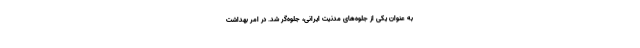
به عنوان یکی از جلوه‌های مدنیّت ایرانی، جلوه‌گر شد. در امر بهداشت